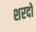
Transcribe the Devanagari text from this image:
शरदो